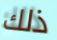
ذلك